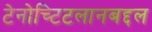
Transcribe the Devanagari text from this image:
टेनोच्टिटलानबद्दल